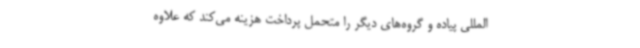
المللی پیاده و گروه‌های دیگر را متحمل پرداخت هزینه می‌کند که علاوه